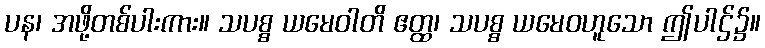
ပန၊ အဖို့တစ်ပါးကား။ သပစ္စ ယမေဝါတိ ဧတ္ထ၊ သပစ္စ ယမေဝဟူသော ဤပါဌ်၌။